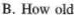
B. How old